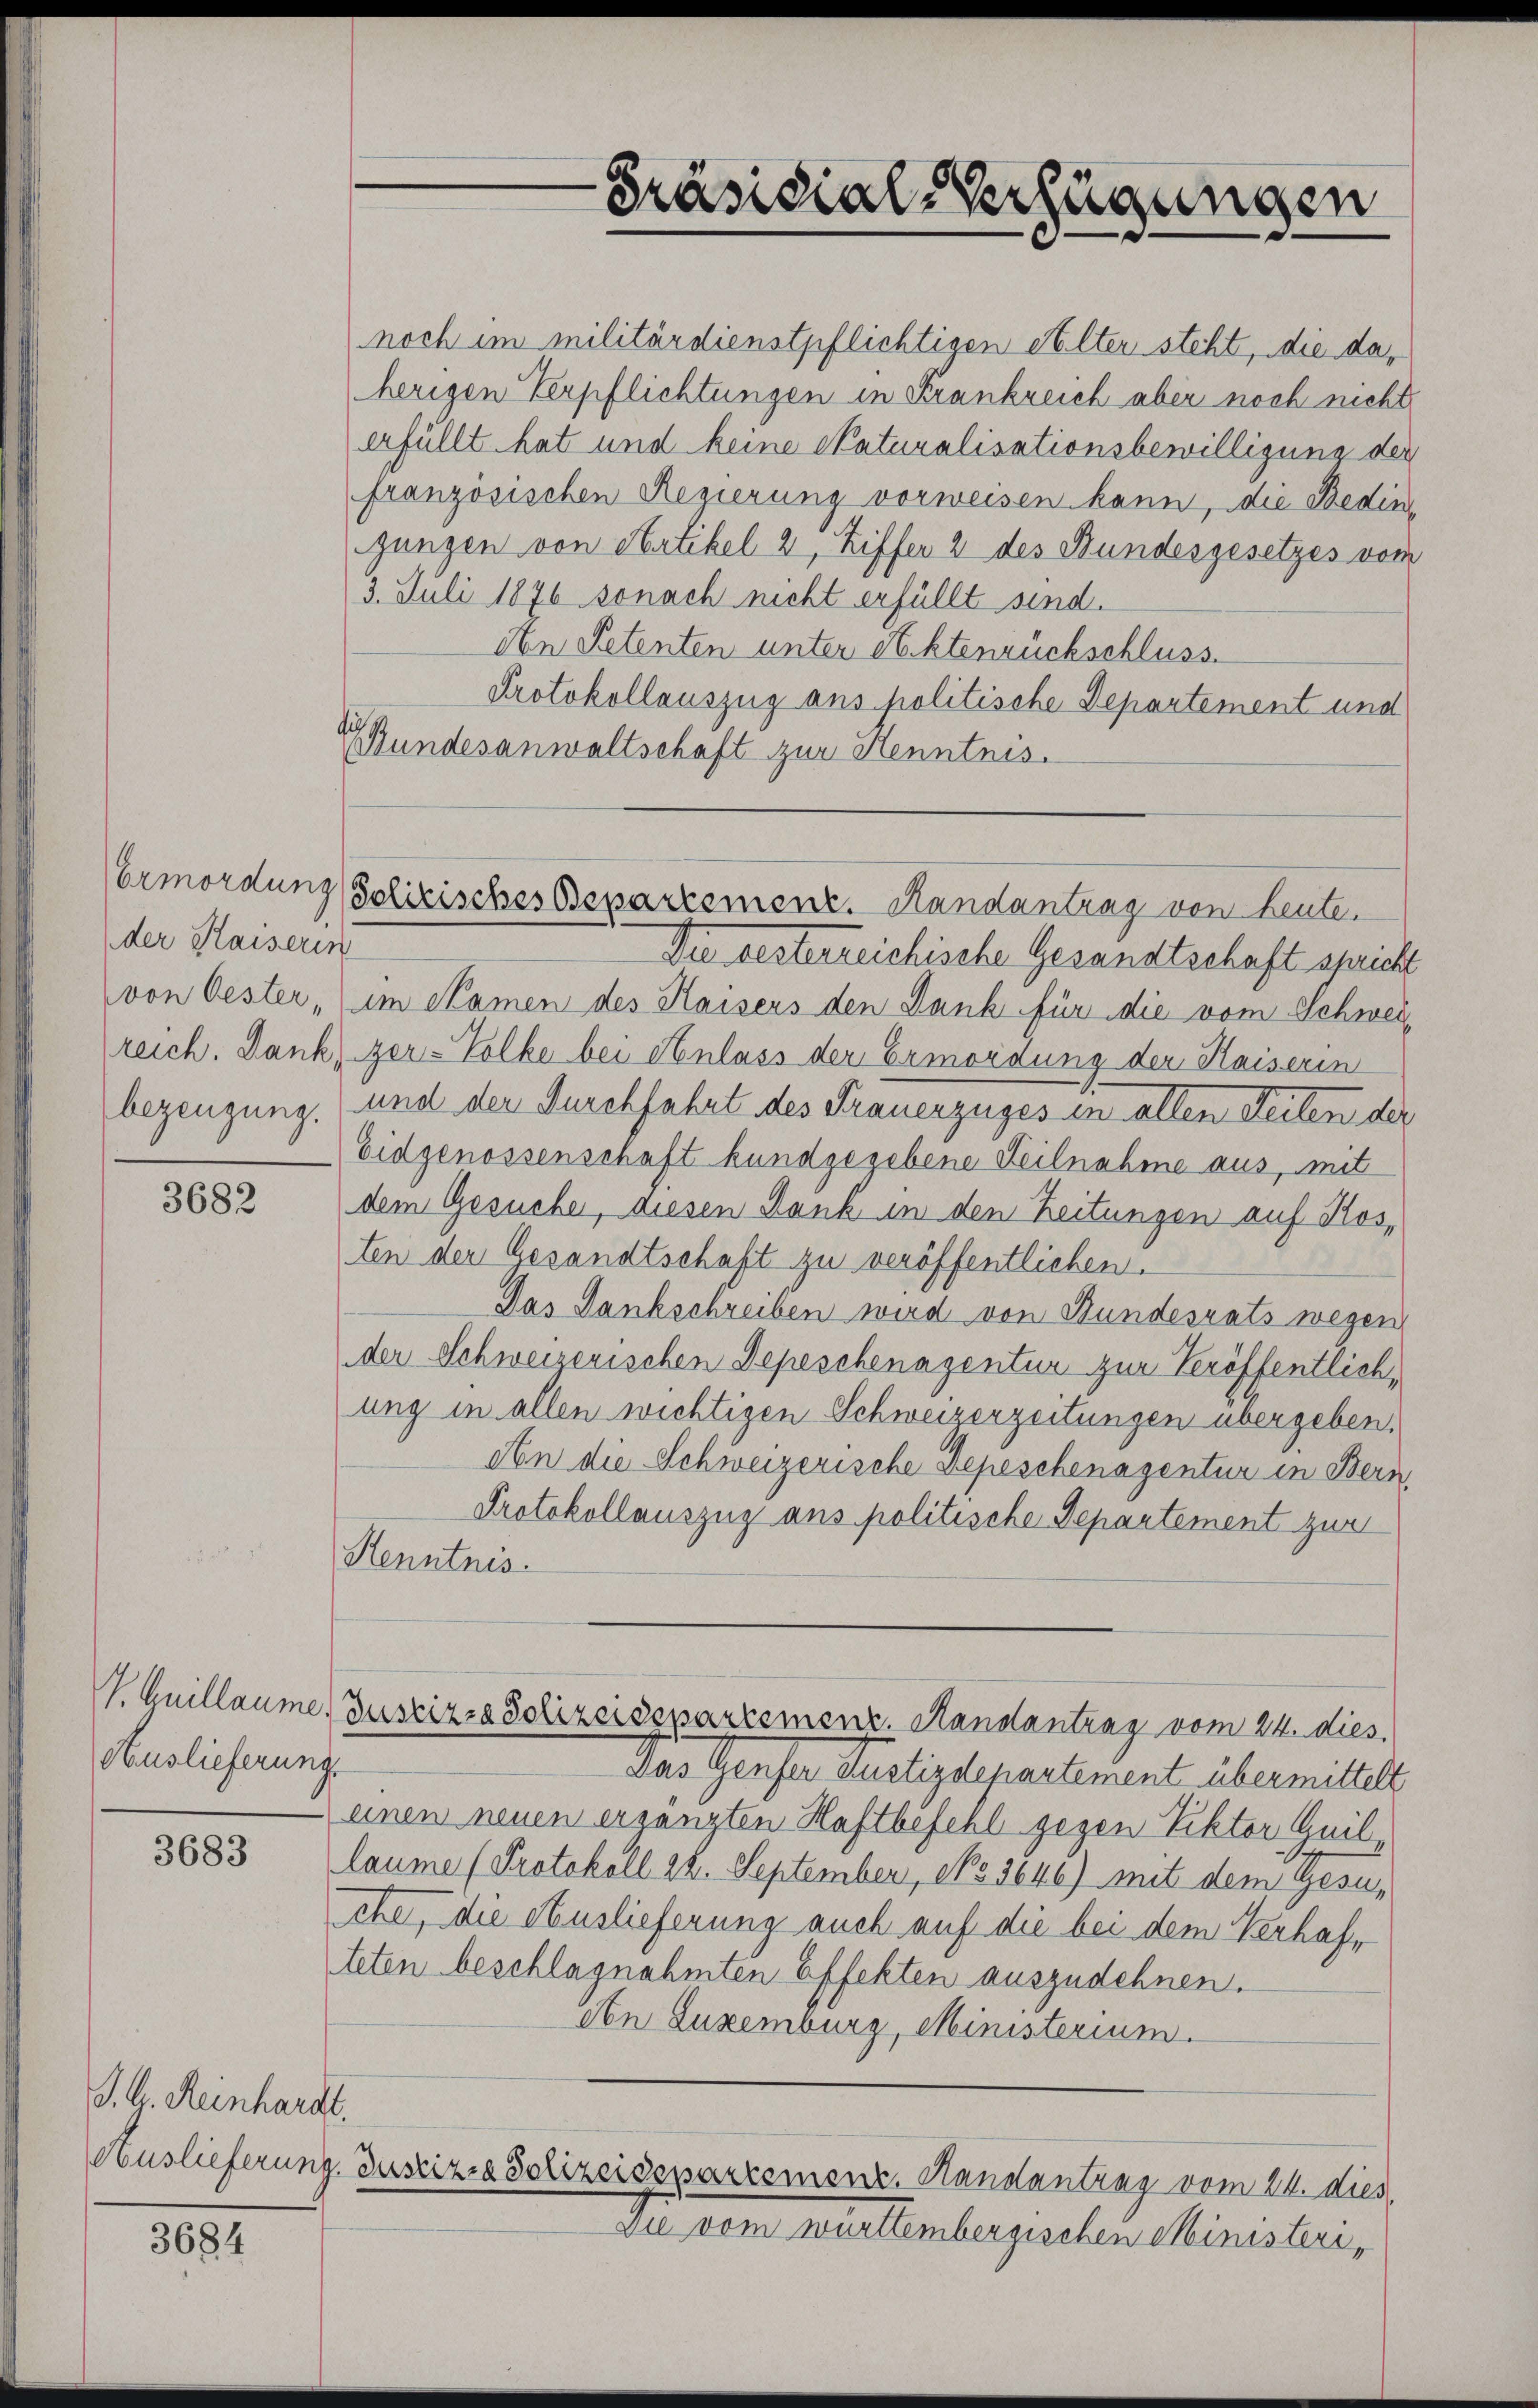
der Kaiserin
von Oester,
reich. Dank,
bezeugung.

3682

Auslieferung

3683

J. G. Reinhardt.

3684

noch im militärdienstpflichtigen Elter steht, die daherigen Verpflichtungen in Frankreich aber noch nicht
erfüllt hat und keine Naturalisationsbewilligung der
französischen Regierung vorweisen kann, die Bedingungen von Artikel 2, Ziffer 2 des Bundesgesetzes vom
3. Juli 1876 sonach nicht erfüllt sind.
den Petenten unter Aktenrückschluss.
Protokollauszug aus politische Departement und
ABundesanwaltschaft zur Kenntnis.

Präsidial-Verfügungen

Ermordung solirisches Bepartement. Handantrag von Leute.

Die besterreichische Gesandtschaft spricht
im Namen des Kaisers den Dank für die vom Schweizer-Volke bei Anlass der Ermordung der Kaiserin
und der Durchfahrt des Frauerzuges in allen Seiten der
Eidgenossenschaft kundgegebene Teilnahme aus, mit
dem Gesuche, diesen Dank in den Zeitungen auf Kosten der Gesandtschaft zu veröffentlichen.
Das Dankschreiben wird von Bundesrats wegen
der Schweizerischen Depeschenagentur zur Veröffentlich,
ung in allen wichtigen Schweizerzeitungen übergeben,
An die Schweizerische Depeschenagentur in Bern,
Protokollauszug aus politische Departement zur
Henntnis.
V. Quillaumes Zustiz- & Polizeidepartemenz. Handantrag vom 24. dies
Das Genfer Justizdepartement übermittelt
einen neuen ergänzten Haftbefehl gegen Rektor Guil
laume (Protokoll 24. September, No 1646) mit dem Gesuche, die Auslieferung auch auf die bei dem Verhafteten beschlagnahmten Effekten auszudehnen.
eon Luxenburg, Ministerium.
Auslieferung. Justizia Polizeisepartemenz. Handantrag vom 24. dies
Die vom württembergischen Ministeri¬